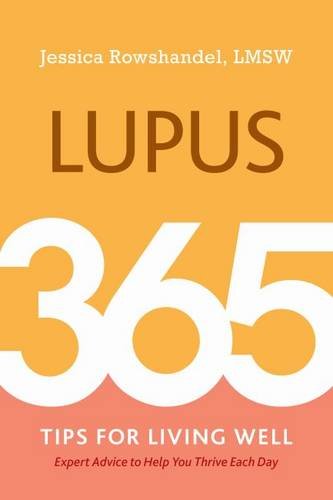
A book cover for Lupus: 365 Tips for Living Well; Jessica Rowshandel LMSW; Health, Fitness & Dieting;